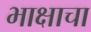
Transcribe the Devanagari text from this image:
भाक्षाचा